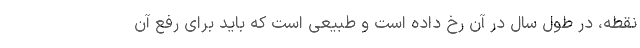
نقطه، در طول سال در آن رخ داده است و طبیعی است که باید برای رفع آن